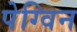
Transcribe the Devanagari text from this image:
पेग्विन